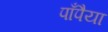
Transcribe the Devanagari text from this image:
पाँपैया